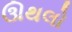
ઊથલો